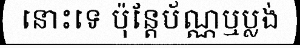
នោះទេ ប៉ុន្តែប័ណ្ណឬប្លង់